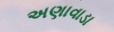
અણાવાડા